Lunatic asylums in Bengal annual reports 1899-1911 - 1899-1911
Year: 1899
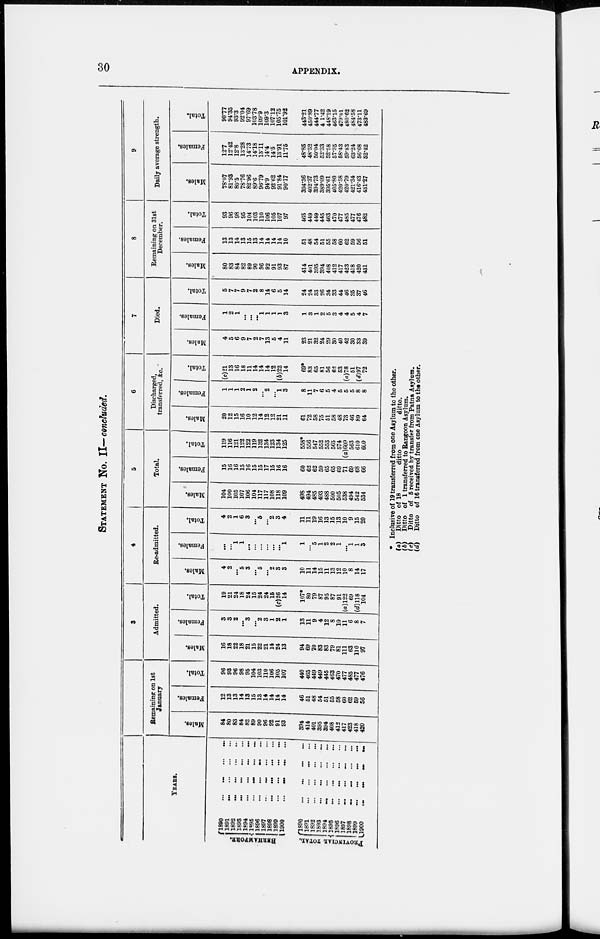
30
APPENDIX.
STATEMENT NO. II— concluded.
1
YEARS.
BERHAMPORE.
PROVINCIAL TOTAL.
1890
... ...
...
...
1891
...
...
...
...
1 8 9 2 . . .
...
...
...
1893...
...
...
...
1894...
...
...
...
1 9 9 5 . . .
...
...
...
1896...
...
...
...
1897
...
...
...
...
1898...
...
...
...
1899...
...
...
...
1900...
...
...
...
1 8 9 0 . . .
...
...
...
1891...
...
...
...
1892...
...
...
1893...
...
...
...
1894...
...
...
...
1895...
...
...
...
1896
...
...
...
...
1897...
...
...
...
1 8 9 8 . . .
...
...
...
1899...
...
...
...
1900...
...
...
...
2
Remaining on 1st
January
Males.
84
80
83
84
82
89
90
96
92
91
93
394
414
401
395
394
408
412
417
423
418
420
Females.
12
13
13
14
13
15
13
14
14
14
14
46
51
48
54
51
55
58
60
62
59
56
Total.
96
93
96
98
95
104
103
110
106
105
107
440
465
449
449
445
463
470
477
485
477
476
3
Admitted.
Males.
16
18
22
18
21
15
22
21
14
24
13
94
69
70
83
83
79
81
111
63
110
97
Females.
3
3
2
...
3
...
2
3
1
2
1
13
11
9
4
12
8
10
11
6
8
7
Total.
19
21
24
18
24
15
24
24
15
(c)26
14
107*
80
79
87
95
87
91
(a)122
69
(d)118
104
4
Re-admitted.
Males.
4
2
...
5
3
...
5
...
2
3
3
10
11
14
15
11
13
12
10
8
14
17
Females.
...
...
1
1
...
...
...
...
...
...
1
1
...
5
1
2
2
1
...
1
1
3
Total.
4
2
1
6
3
...
5
...
2
3
4
11
11
19
16
13
15
13
10
9
15
20
5
Total.
Males.
104
100
105
107
106
104
117
117
108
118
109
498
494
485
493
488
500
505
538
494
542
534
Females.
15
16
16
15
16
15
15
17
15
16
16
60
62
62
59
65
65
69
71
69
68
66
Total.
119
116
121
122
122
119
132
134
123
134
125
558*
556
547
552
553
565
574
(a)609
563
610
600
6
Discharged,
transferred, &c.
Males.
20
12
15
16
10
12
14
12
12
21
11
61
72
58
75
51
58
48
73
46
89
64
Females.
1
1
1
2
1
2
...
2
...
1
3
8
11
7
6
5
4
5
5
5
8
8
Total.
(c)21
13
16
18
11
14
14
14
12
(b)22
14
69*
83
65
81
56
62
53
(a)78
51
(d)97
72
7
Died.
Males.
4
5
6
9
7
2
7
13
5
4
11
23
21
32
24
29
30
40
42
30
33
39
Females.
1
2
1
...
...
...
1
1
1
1
3
1
3
1
2
5
3
4
4
5
4
7
Total.
5
7
7
9
7
2
8
14
6
5
14
24
24
33
26
34
33
44
46
35
37
46
8
Remaining on 31st
December.
Males.
80
83
84
82
89
90
96
92
91
93
87
414
401
395
394
408
412
417
423
418
420
431
Females.
13
13
14
13
15
13
14
14
14
14
10
51
48
54
51
55
58
60
62
59
56
51
Total.
93
96
98
95
104
103
110
106
105
107
97
465
449
449
445
463
470
477
485
477
476
482
9
Daily average strength.
Males.
78.07
81.93
80.5
78.76
82.96
89.6
96.79
94.9
92.62
91.84
90.17
394.36
402.37
394.73
389.09
395.61
405.80
420.58
420.79
421.34
416.43
431.27
Females.
12.7
12.42
12.8
13.28
14.73
14.18
13.11
14.4
14.5
13.91
11.75
48.85
48.52
50.04
52.33
52.58
57.35
58.43
59.83
63.24
56.68
52.42
Total.
90.77
94.35
93.3
92.04
97.69
103.78
109.9
109.3
107.12
105.75
101.92
443.'21
450.89
444.77
41.42
448.19
463.15
479.01
480.62
484.58
473.11
483.69
* Inclusive of 19 transferred from one Asylum to the other.
(a) Ditto of 18
ditto
ditto.
(b) Ditto of 1 transferred to Rangoon Asylum.
(c)
Ditto of 5 received by transfer from Patna Asylum.
(d)
Ditto of 16 transferred from one Asylum to the other.